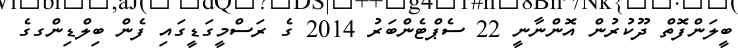
ބީލަންފޮތް ދޫކުރުން އޮންނާނީ 22 ސެޕްޓެންބަރު 2014 ގެ ރަސްމީގަޑީގައި ފެން ބިލްޑިންގގެ